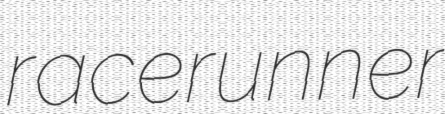
racerunner